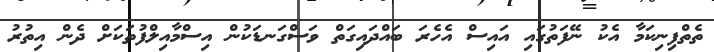
ތެތްފިނިކަމާ އެކު ނޭފަތުގައި އައިސް އެހެރަ ބައްދައިގަތް ވަސްގަނޑަކުން އިސްމާއިލްފުތަކަށް ދެން އިތުރު